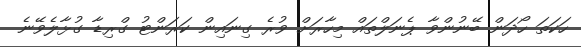
ހަކަތަ ހޯދަން ބޭނުންވާ ޕެނަލްތައް މިހާރަށް ވުރެ ގިނައިން ކަރަންޓު ގްރިޑާ ގުޅާލެވޭނެ